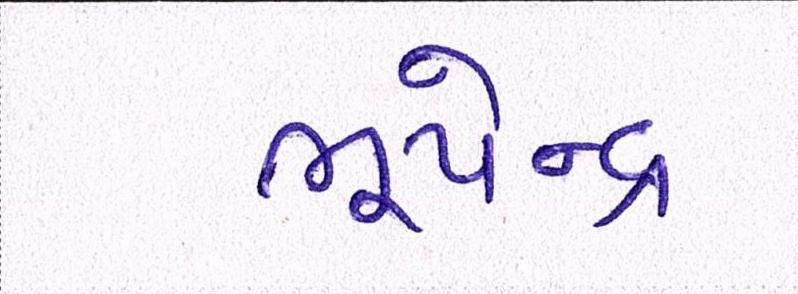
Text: ભૂપેન્દ્ર